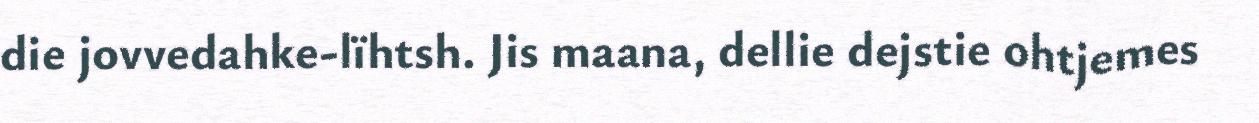
die jovvedahke-lïhtsh. Jis maana, dellie dejstie ohtjemes